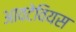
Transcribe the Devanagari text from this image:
आवटेवियस